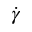
\Dot { \gamma }